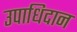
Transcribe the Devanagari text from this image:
उपाधिदान